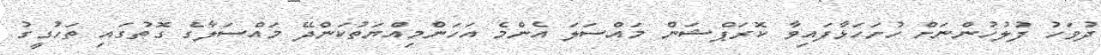
ދުވަހު ފުލުހުންނަށް ހުށަހަޅާފައިވާ ކޮރަޕްޝަން މައްސަލަ އެންމެ އަހަންމިއްޔަތުކަންދޭ މައްސަލާގެ ގޮތުގައި ތަހުގީގު